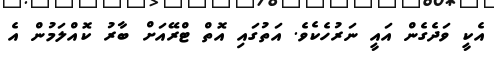
އެކީ ވަދެގެން އައީ ނަރުހެކެވެ. އަތުގައި އޮތް ޓްރޭއަށް ބާރު ކޮއްލަމުން އެ